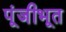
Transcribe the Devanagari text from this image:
पूंजीभूत